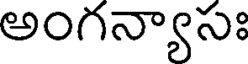
అంగన్యాసః